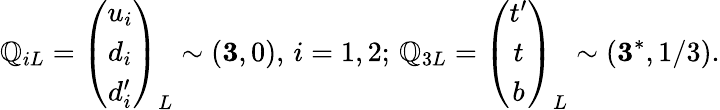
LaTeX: \mathbb{Q}_{iL}=\left(\begin{array}{c}{{u_{i}}}\\ {{d_{i}}}\\ {{d_{i}^{\prime}}}\end{array}\right)_{L}\sim({\mathbf{3}},0),\, i=1,2;\, \mathbb{Q}_{3L}=\left(\begin{array}{c}{{t^{\prime}}}\\ {{t}}\\ {{b}}\end{array}\right)_{L}\sim({\mathbf{3}}^{*},1/3).